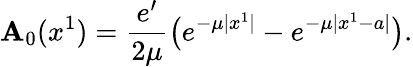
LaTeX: \mathbf{A}_{0}(x^{1})={\frac{{e^{\prime}}}{{2\mu}}}\big(e^{-\mu|x^{1}|}-e^{-\mu|x^{1}-a|}\big).